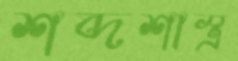
শব্দশাস্ত্র